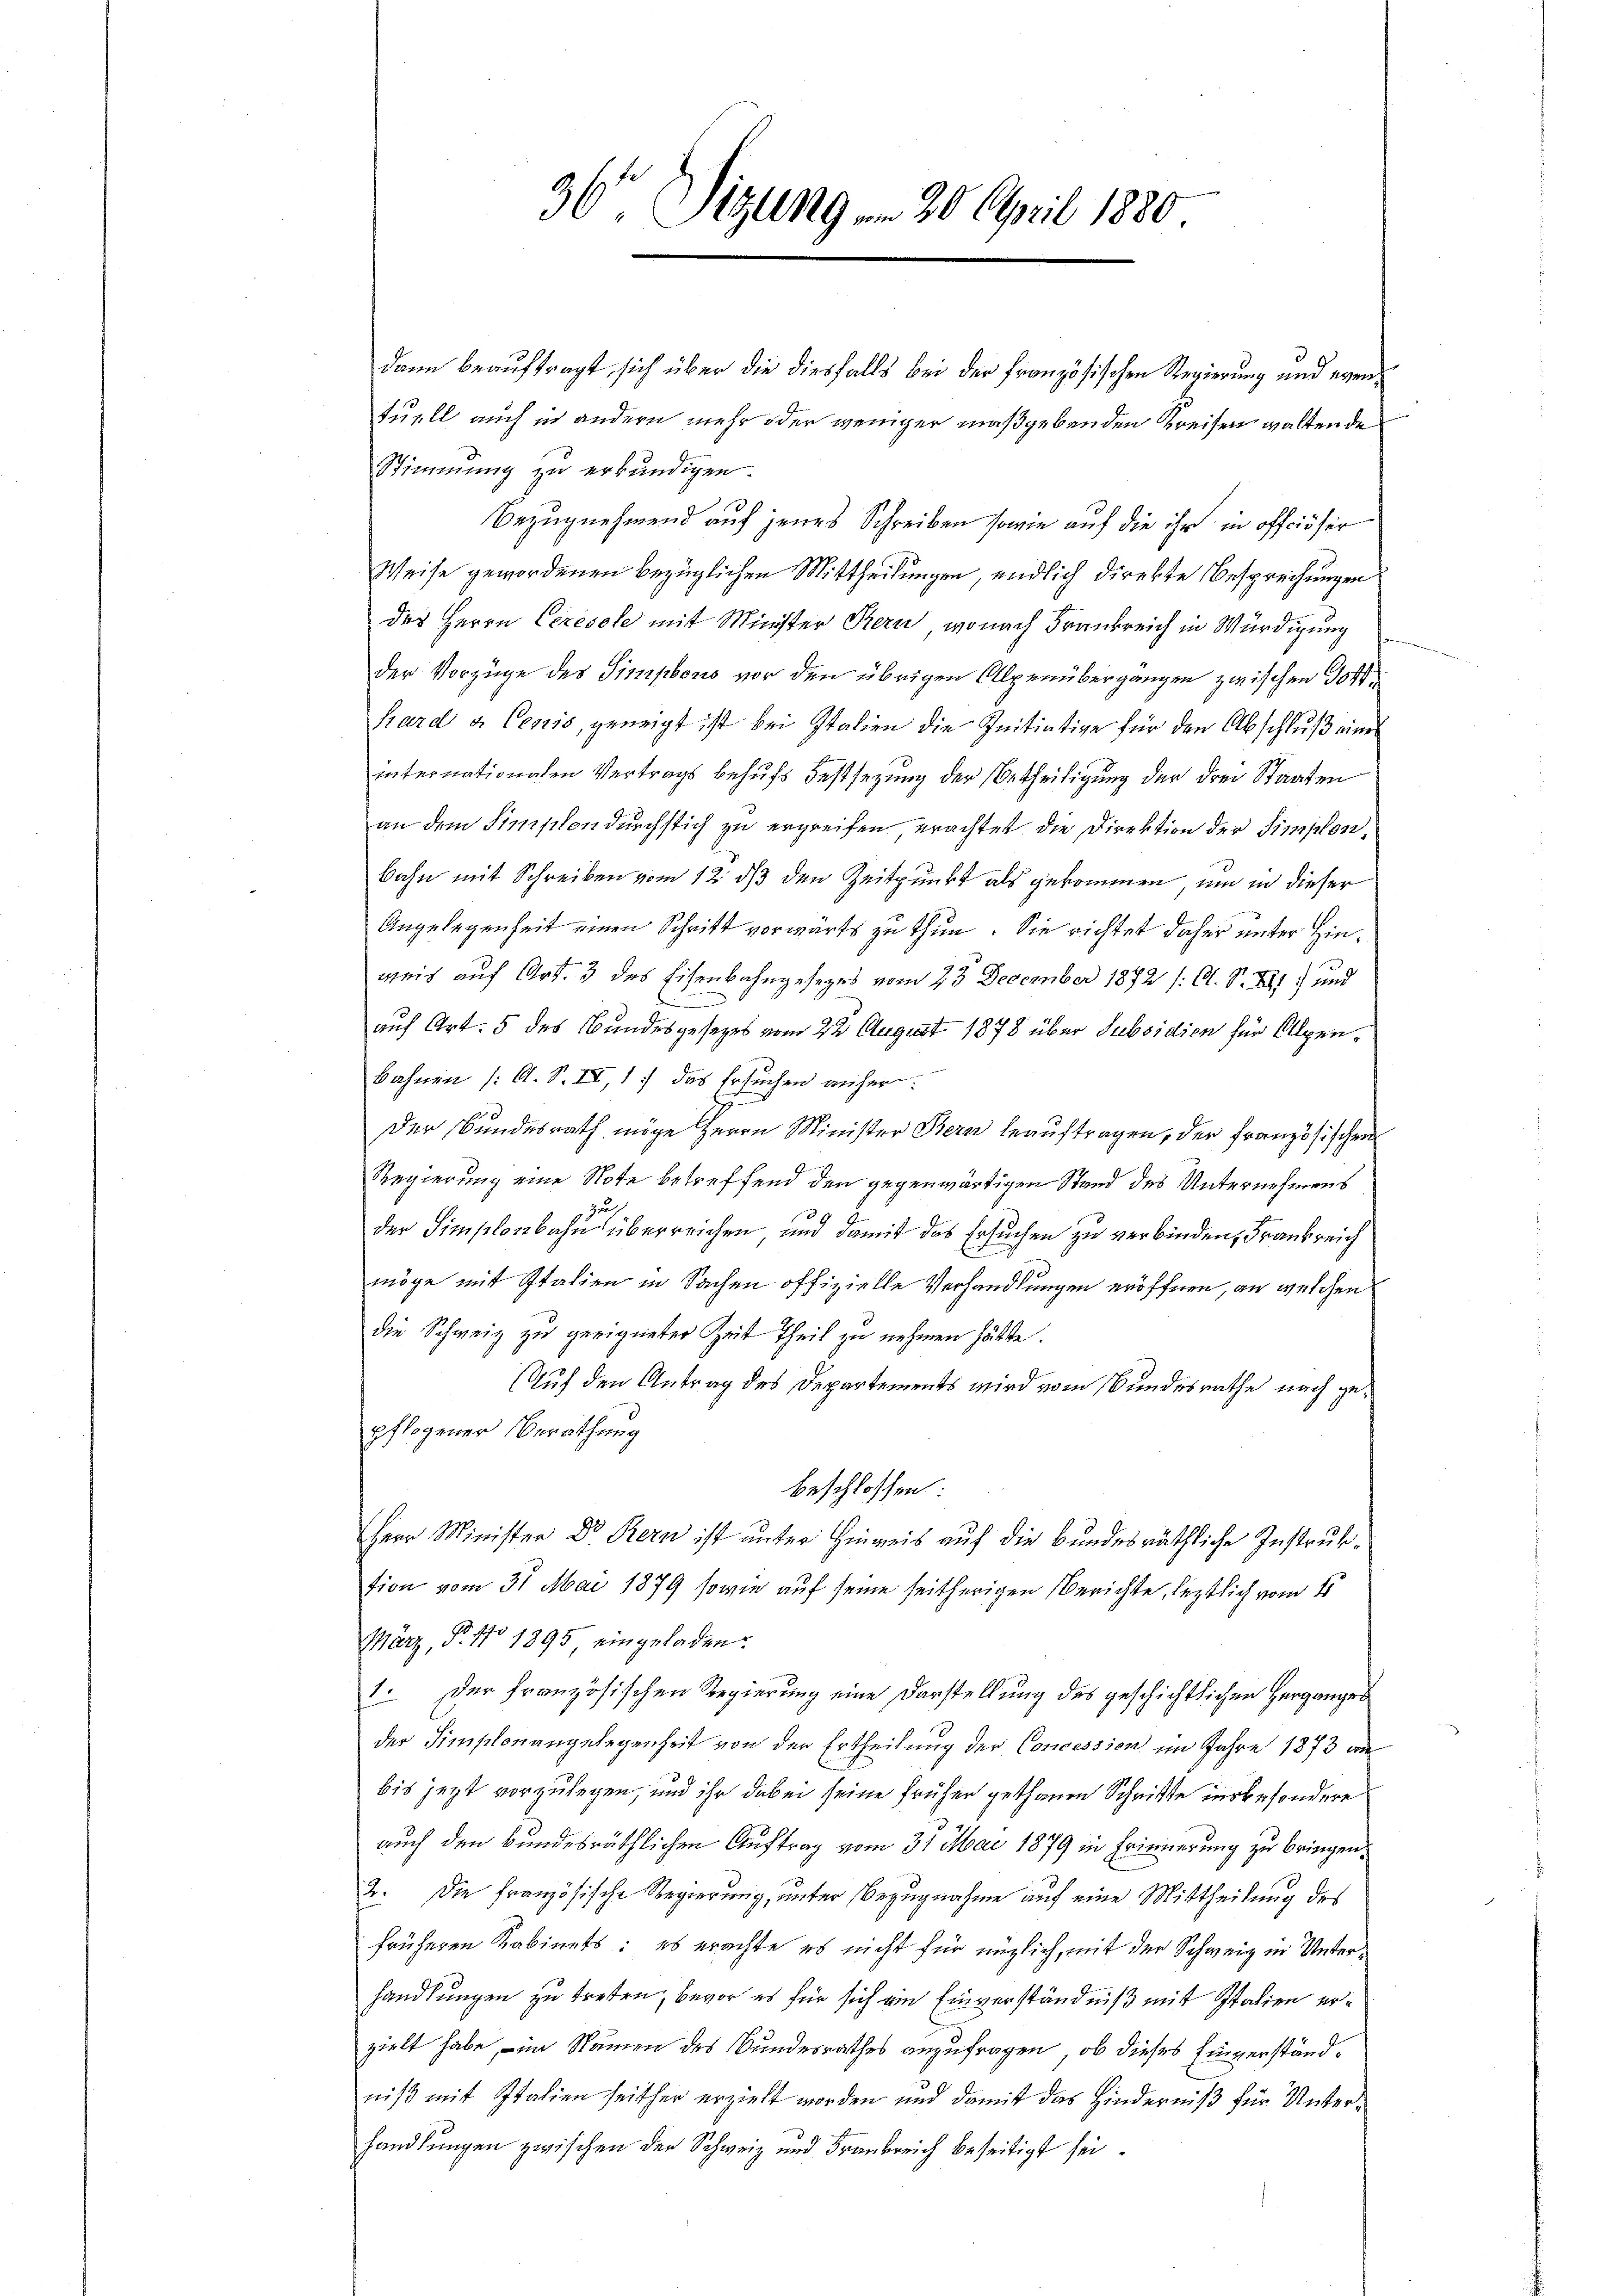
36 Sitzung . 20. April 1880

dann beauftragt, sich über die diesfalls bei der französischen Regierung und eventuell auch in andern mehr oder weniger maßgebenden Kreisen waltende
Stimmung zu erkundigen.
Bezugnehmend auf jenes Schreiben sowie auf die ihr in offciöser
Weise gewordenen bezüglichen Mittheilungen, endlich direkte Besprechungen
des Herrn Ceresole mit Minister Kern, wonach Frankreich in Würdigung
der Vorzüge des Simpleno vor den übrigen Alpenübergängen zwischen Gottkard u. Cenis, geneigt ist bei Italien die Initiative für den Abschlŭβ eine
internationalen Vertrags behŭfs Festsetzŭng der Betheiligŭng der drei Staaten
an dem Simplon durchstich zu ergreifen erachtet die Direktion der Simplon,
bahn mit Schreiben vom 12. ds den Zeitpunkt als gekommen, um in dieser
Angelegenheit einen Schrift vorwärts zu thun. Sie richtet daher unter Hinweis auf Art. 3 des Eisenbahngesezes vom 23 December 1872 /: C. S. 241) und
e
auf Art. 5 des Bundesgesezes vom 22 August 1878 über Subsidion für Alpen¬
Bahnen (: A. S. II, 17 das Ersuchen anher:
Der Bundesrath möge Herrn Minister Bern beaŭftragen, der französischen
Regierung eine Note betreffend den gegenwärtigen Stand des Unternehmens
zu
der Simplonbahn überreichen und damit das Ersuchen zu verbinden, Frankreich
möge mit Italien in Sachen offizielle Verhandlungen eröffnen, an welchen
die Schweiz zu geeigneter Zeit Theil zu nehmen hätte.
Auf den Antrag des Departements wird vom Bundesrathe nach gepflogener Berathung
beschlossen:
Herr Minister Dr. Bern ist unter Hinweis auf die bundesräthliche Instruktion vom 31. Mai 1879 sowie auf seine seitherigen Berichte, leztlich vom 15
März, Nr. 17 1895 eingeladen.
1. Der französischen Regierung eine Darstellung des geschichtlichen Herganges
der Simplonangelegenheit von der Ertheilung der Concession im Jahre 1873 au
bis jezt vorzulegen, und ihr dabei seine früher gethanen Schritte insbesondere
auch den bundesräthlichen Auftrag vom 31. Mai 1879 in Erinnerung zu bringen,
2. Die französische Regierung, unter Bezugnahme auf eine Mittheilung des
früheren Kabinets; es erachte es nicht für möglich, mit der Schweiz in Unterhandlungen zu treten, bevor es für sich ein Einverständniß mit Italien erzielt habe, – im Namen des Bundesrathes anzufragen, ob dieses Einverständniß mit Italien seither erzielt worden und damit das Hinderniß für Unterhandlungen zwischen der Schweiz und Frankreich beseitigt sei.